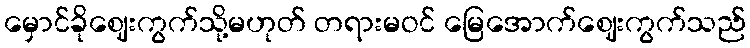
မှောင်ခိုဈေးကွက်သို့မဟုတ် တရားမဝင် မြေအောက်ဈေးကွက်သည်